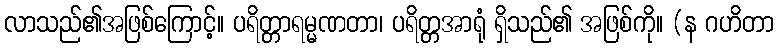
လာသည်၏အဖြစ်ကြောင့်။ ပရိတ္တာရမ္မဏတာ၊ ပရိတ္တအာရုံ ရှိသည်၏ အဖြစ်ကို။ (န ဂဟိတာ